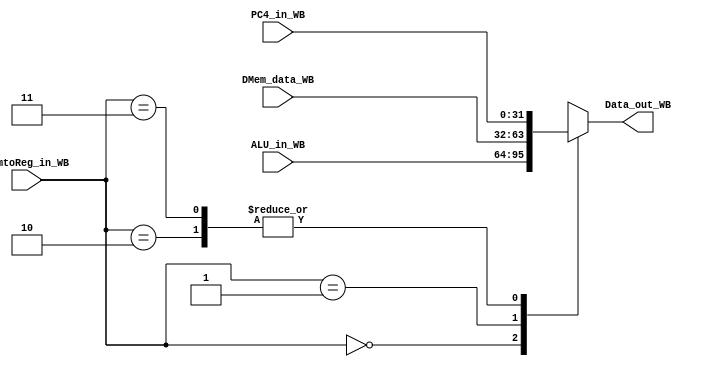
module Pipeline_WB(
    input [1:0] MemtoReg_in_WB,
    input [31:0] ALU_in_WB,
    input [31:0] DMem_data_WB,
    input [31:0] PC4_in_WB,
    output reg [31:0] Data_out_WB   
);
always @(MemtoReg_in_WB) begin
    case(MemtoReg_in_WB)
        2'b00: Data_out_WB <= ALU_in_WB;
        2'b01: Data_out_WB <= DMem_data_WB;
        2'b10: Data_out_WB <= PC4_in_WB;
        2'b11: Data_out_WB <= PC4_in_WB;
    endcase
end
endmodule